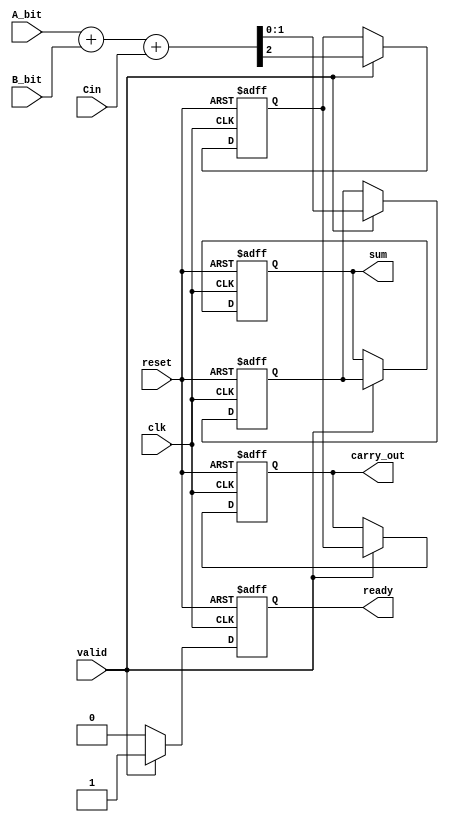
module CarrySaveAdder (
    input wire clk,          // Clock signal
    input wire reset,        // Reset signal
    input wire A_bit,       // Serial input bit from operand A
    input wire B_bit,       // Serial input bit from operand B
    input wire Cin,         // Carry-in
    input wire valid,       // Signal indicating valid input
    output reg [1:0] sum,   // Sum output (2 bits to accommodate carry)
    output reg carry_out,    // Carry output
    output reg ready        // Signal indicating output is ready
);

    // State variables
    reg [1:0] current_sum;  // Current sum (2 bits)
    reg current_carry;      // Current carry

    // Sequential logic to process inputs
    always @(posedge clk or posedge reset) begin
        if (reset) begin
            current_sum <= 2'b00;
            current_carry <= 1'b0;
            sum <= 2'b00;
            carry_out <= 1'b0;
            ready <= 1'b0;
        end else if (valid) begin
            // Calculate sum and carry
            {current_carry, current_sum} <= A_bit + B_bit + Cin;

            // Update outputs
            sum <= current_sum;
            carry_out <= current_carry;
            ready <= 1'b1; // Indicate that output is ready
        end else begin
            ready <= 1'b0; // No valid input, output not ready
        end
    end

endmodule